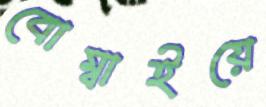
বোম্বাইয়ে